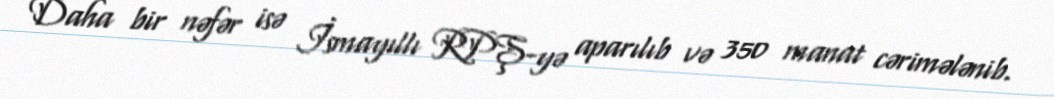
Daha bir nəfər isə İsmayıllı RPŞ-yə aparılıb və 350 manat cərimələnib.